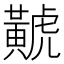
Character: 𪏐